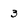
Character: 3